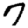
Digit: 7